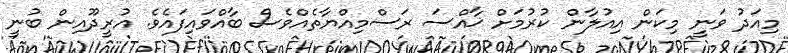
މިއަދު ވަނީ މިކަން އިއުލާން ކުރުމަށް ޚާއްސަ ރަސްމިއްޔާތެއްވެސް ބާއްވައިފައެވެ. އުރީދޫއިން ބުނީ